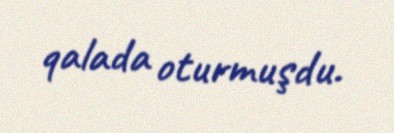
qalada oturmuşdu.